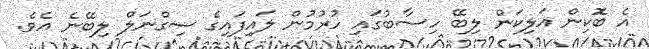
އެ ބޮކިން އަލިކަން ލިބޭ ހިސާބުގައި ހުރުމުން ލައިފައިގެ ސިގްނަލް ލިބޭނެ އެވެ.